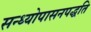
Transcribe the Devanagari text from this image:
सन्ध्याेपासनपद्धति